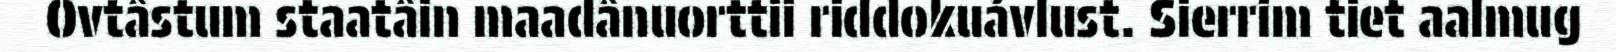
Ovtâstum staatâin maadânuorttii riddokuávlust. Sierrim tiet aalmug